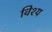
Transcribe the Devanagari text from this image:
विश्य